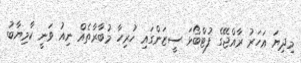
މިދިޔަ އަހަރު ރާއްޖޭގެ ފުޓްބޯޅަ ސީޒަންގައި ހުރިހާ މުބާރާތެއް ނިއު ވަނީ ކާމިޔާބު